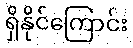
ရှိနိုင်ကြောင်း